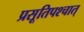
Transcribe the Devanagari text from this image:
प्रसूतिपश्चात्